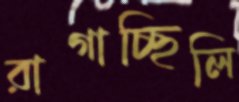
রাগাচ্ছিলি